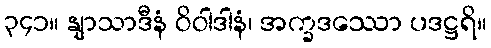
၃၄၁။ နျာသာဒီနံ ဝိဝါဒါနံ၊ အက္ခဒဿော ပဒဋ္ဌရိ။